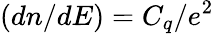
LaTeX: \left(dn/dE\right)=C_{q}/e^{2}